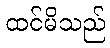
ထင်မိသည်